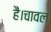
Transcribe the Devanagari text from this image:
हैं।चावल